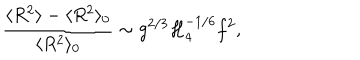
LaTeX: \frac { \langle R ^ { 2 } \rangle - \langle R ^ { 2 } \rangle _ { 0 } } { \langle R ^ { 2 } \rangle _ { 0 } } \sim g ^ { 2 / 3 } { \cal H } _ { 4 } ^ { - 1 / 6 } f ^ { 2 } ,